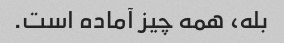
بله، همه چیز آماده است.